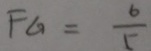
F G = \frac { 6 } { 5 }